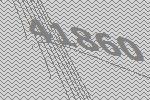
41860